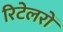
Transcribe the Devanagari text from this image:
रिटेलरों